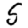
Digit: 5